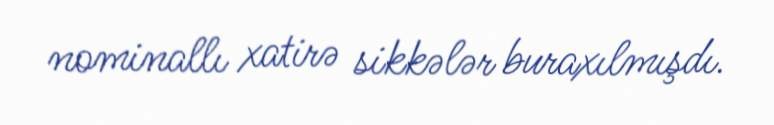
nominallı xatirə sikkələr buraxılmışdı.